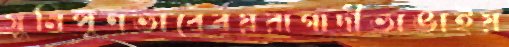
সুনিপুণভাবেবয়রাগাদীভাঙাইয়